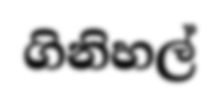
ගිනිහල්